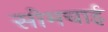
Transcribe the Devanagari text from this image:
सोमचाई